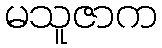
မသူဇာက